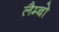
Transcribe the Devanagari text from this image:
लैम्बो